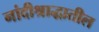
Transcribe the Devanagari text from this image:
नांदीश्राद्धातील